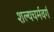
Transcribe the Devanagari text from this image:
शल्यचर्मवर्ग